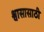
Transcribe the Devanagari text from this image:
श्वासासाठी